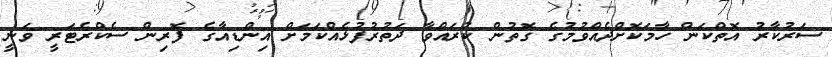
ސަރުކާރު އޮތްކަން ހާމަކޮށްދެއްވުމުގެ ގޮތުން ކުރައްވާ ދަތުރުފުޅެއްކަމަށް އިންޑިއާގެ ފޮރިން ސެކްރެޓަރީ ވަނީ